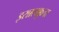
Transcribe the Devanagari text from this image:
इरन्नलक्कुता